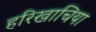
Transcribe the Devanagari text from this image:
हरिखाचिया